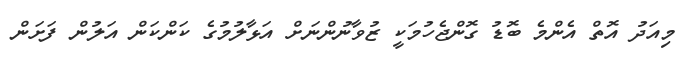
މިއަދު އޮތް އެންމެ ބޮޑު ގޮންޖެހުމަކީ ޒުވާނުންނަށް އަޅާލުމުގެ ކަންކަން އަލުން ފަށަން